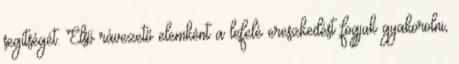
segítségét. Első rávezető elemként a lefelé ereszkedést fogjuk gyakorolni,